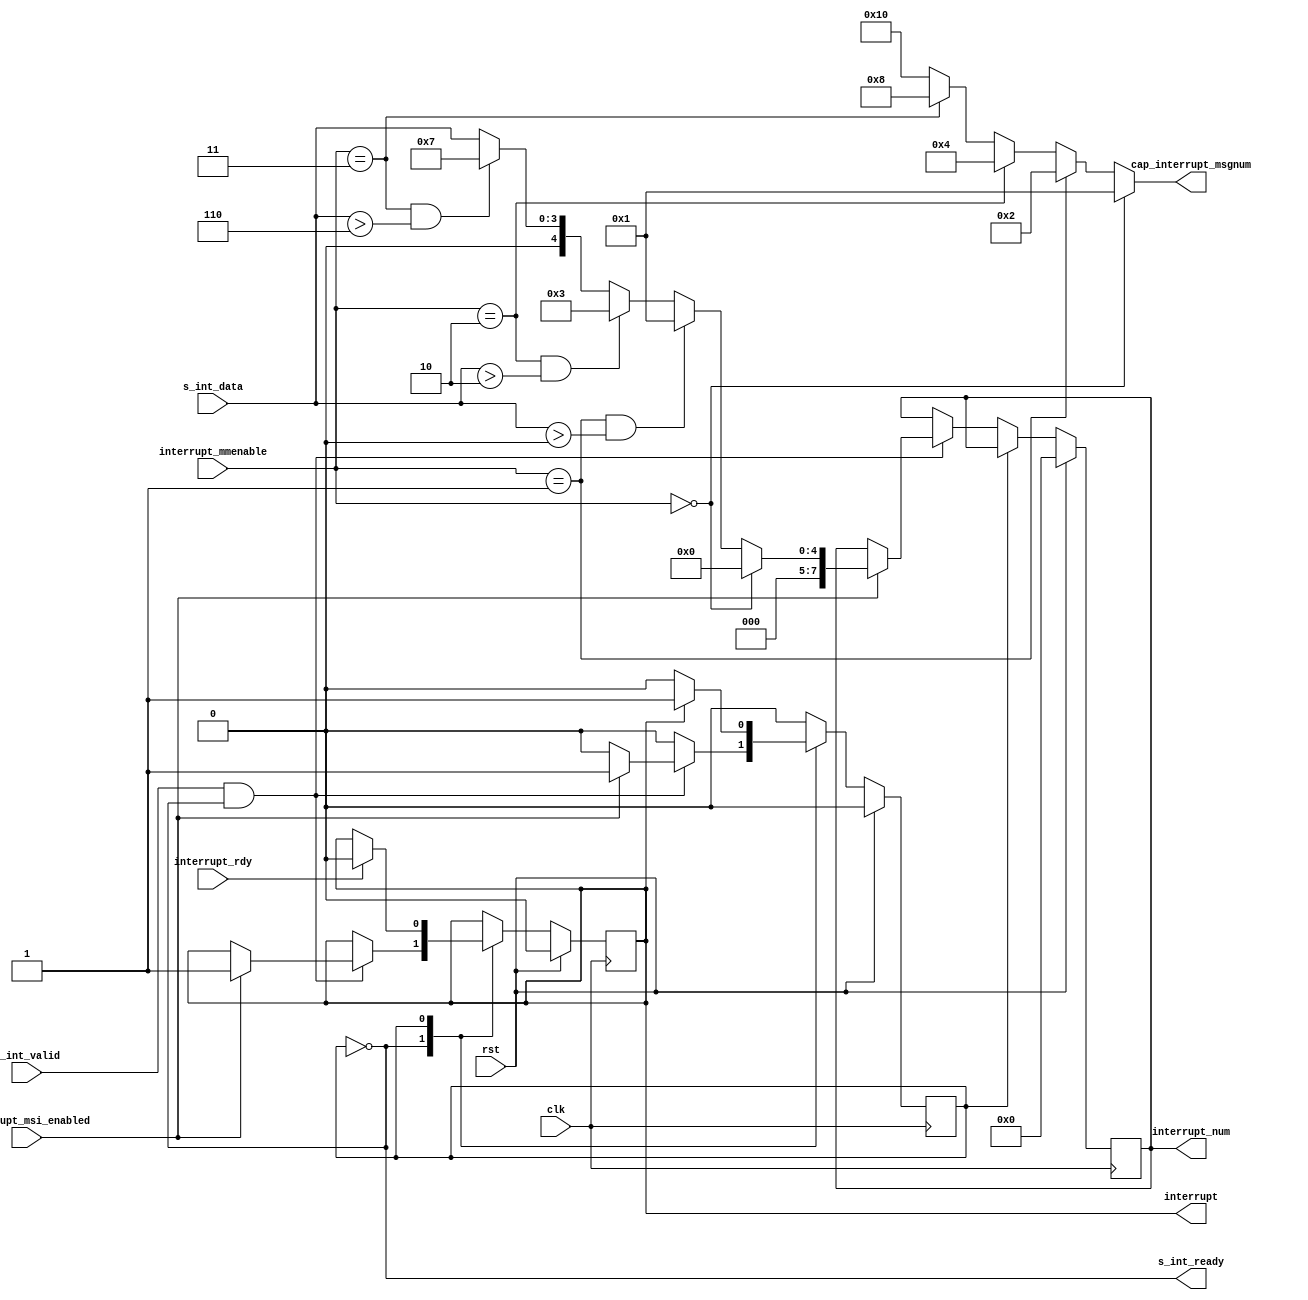
// SPDX-License-Identifier: CERN-OHL-P
//
// Copyright 2022-2024 Wavelet Lab
//
// USDR PROJECT
// CLEAN
//
module pci_msi_intrrupt #(
    parameter COUNT = 16,
    parameter COUNT_BITS = 4
) (
    input clk,
    input rst,

    // Xilinx PCI-e interface
    input            interrupt_msi_enabled,
    input            interrupt_rdy,

    output reg       interrupt,
    output reg [7:0] interrupt_num,
    input      [2:0] interrupt_mmenable,

    output     [4:0] cap_interrupt_msgnum,
   
    // User Interrupr interfcae
    input [COUNT_BITS - 1:0] s_int_data,
    input                    s_int_valid,
    output                   s_int_ready
);
assign cap_interrupt_msgnum =
  (interrupt_mmenable == 3'b000 && (COUNT > 1))  ? { 5'b00001 } :
  (interrupt_mmenable == 3'b001 && (COUNT > 2))  ? { 5'b00010 } :
  (interrupt_mmenable == 3'b010 && (COUNT > 4))  ? { 5'b00100 } :
  (interrupt_mmenable == 3'b011 && (COUNT > 8))  ? { 5'b01000 } :
  (interrupt_mmenable == 3'b100 && (COUNT > 16)) ? { 5'b10000 } :
                                                   { COUNT[4:0] };
wire [4:0] msi_num = s_int_data;
wire [5:0] msi_num_fit =
  (interrupt_mmenable == 3'b000 && (COUNT > 1))                    ? 6'b1_00000 :
  (interrupt_mmenable == 3'b001 && (COUNT > 2)  && (msi_num > 0))  ? 6'b1_00001 :
  (interrupt_mmenable == 3'b010 && (COUNT > 4)  && (msi_num > 2))  ? 6'b1_00011 :
  (interrupt_mmenable == 3'b011 && (COUNT > 8)  && (msi_num > 6))  ? 6'b1_00111 :
  (interrupt_mmenable == 3'b100 && (COUNT > 16) && (msi_num > 14)) ? 6'b1_01111 :
                                                                     { 1'b0, msi_num };
                                                                     
wire [4:0] msi_num_gen = msi_num_fit[4:0];

reg [0:0]              pcie_int_state;

localparam PCIE_INT_IDLE          = 0;
localparam PCIE_INT_WAIT_REL_H    = 1; // for MSI interrupt

assign s_int_ready = (pcie_int_state == PCIE_INT_IDLE);

always @(posedge clk) begin
  if (rst) begin
    pcie_int_state   <= PCIE_INT_IDLE;
    interrupt        <= 0;
    interrupt_num    <= 0;
  end else begin

    case (pcie_int_state)
      PCIE_INT_IDLE: begin
        if (s_int_valid && s_int_ready) begin
          if (interrupt_msi_enabled) begin
            interrupt        <= 1'b1;
            interrupt_num    <= msi_num_gen;
            pcie_int_state   <= PCIE_INT_WAIT_REL_H;
          end else begin
            // Ignore for now
          end
        end
      end

      PCIE_INT_WAIT_REL_H: begin
        if (interrupt_rdy) begin
          interrupt       <= 1'b0;
        end

        if (~interrupt) begin
          pcie_int_state  <= PCIE_INT_IDLE;
        end
      end
    endcase
    
  end
end



endmodule